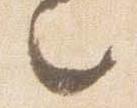
々